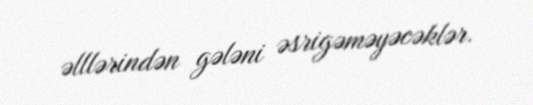
əlllərindən gələni əsrigəməyəcəklər.